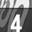
Digit: 4